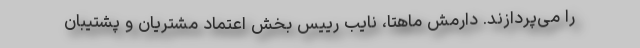
را می‌پردازند. دارمش ماهتا، نایب رییس بخش اعتماد مشتریان و پشتیبان